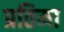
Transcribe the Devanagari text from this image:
प्रतिमा